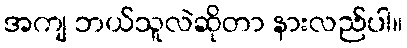
အကျ ဘယ်သူလဲဆိုတာ နားလည်ပါ။